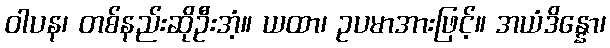
ဝါပန၊ တစ်နည်းဆိုဦးအံ့။ ယထာ၊ ဥပမာအားဖြင့်။ အယံဒိန္နော၊